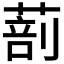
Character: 𦵿